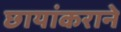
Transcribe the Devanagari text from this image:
छायांकराने